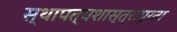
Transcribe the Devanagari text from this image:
स्थापत्यशास्त्रापुरता